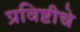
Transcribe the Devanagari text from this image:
प्रविष्टीचे